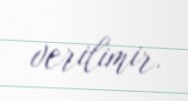
verilimir.